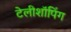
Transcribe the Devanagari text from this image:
टेलीशॉपिंग